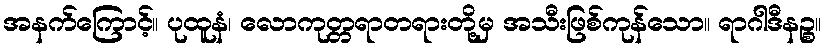
အနက်ကြောင့်။ ပုထူနံ၊ လောကုတ္တရာတရားတို့မှ အသီးဖြစ်ကုန်သော။ ရာဂါဒီနဉ္စ။